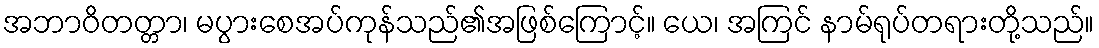
အဘာဝိတတ္တာ၊ မပွားစေအပ်ကုန်သည်၏အဖြစ်ကြောင့်။ ယေ၊ အကြင် နာမ်ရုပ်တရားတို့သည်။